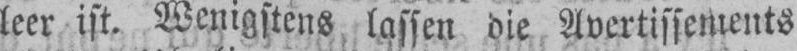
leer ist. Wenigstens lassen die Avertissements